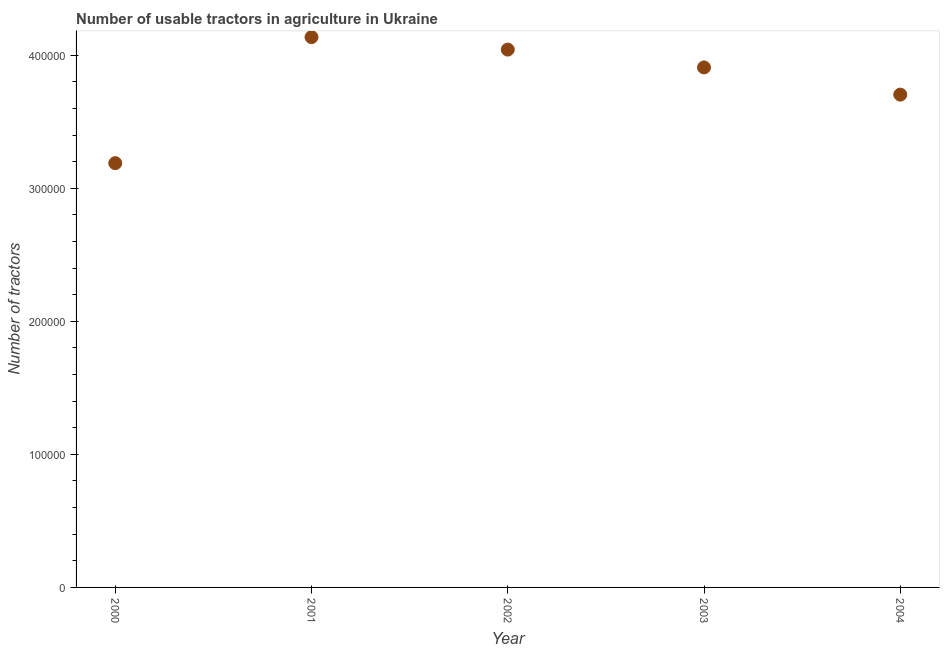
| Year | Agricultural machinery |
 | --- | --- |
 | 2000 | 3.19e+05 |
 | 2001 | 4.14e+05 |
 | 2002 | 4.04e+05 |
 | 2003 | 3.91e+05 |
 | 2004 | 3.7e+05 |